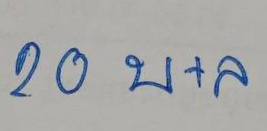
20 บ+ล